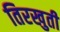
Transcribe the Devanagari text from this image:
तिरखुती